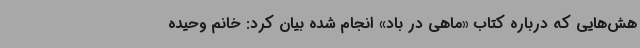
هش‌هایی که درباره کتاب «ماهی در باد» انجام شده بیان کرد: خانم وحیده